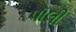
પૉલી